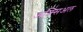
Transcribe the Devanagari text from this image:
अक्सिअल